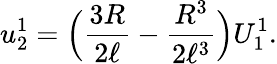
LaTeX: u_{2}^{1}=\Big(\frac{3R}{2\ell}-\frac{R^{3}}{2\ell^{3}}\Big)U_{1}^{1}.